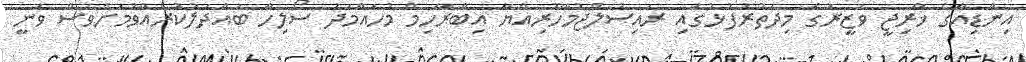
އިންޑިއާގެ ޚާރިޖީ ވަޒީރުގެ މިދަތުރުފުޅުގައި ރައިސުލްޖުމްހޫރިއްޔާ އިބްރާހިމް މުހައްމަދު ސޯލިހާ ބައްދަލުކުރެއްވުމަށްވެސް ވަނީ